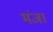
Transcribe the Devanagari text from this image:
मंजा